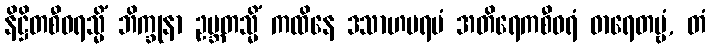
နိဋ္ဌိတစီဝရသ္မိံ ဘိက္ခုနာ ဥဗ္ဘတသ္မိံ ကထိနေ ဒသာဟပရမံ အတိရေကစီဝရံ ဓာရေတဗ္ဗံ, တံ